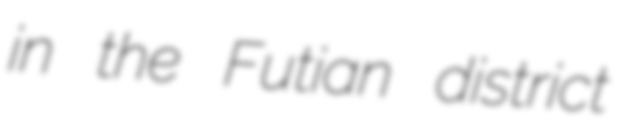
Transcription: in the Futian district